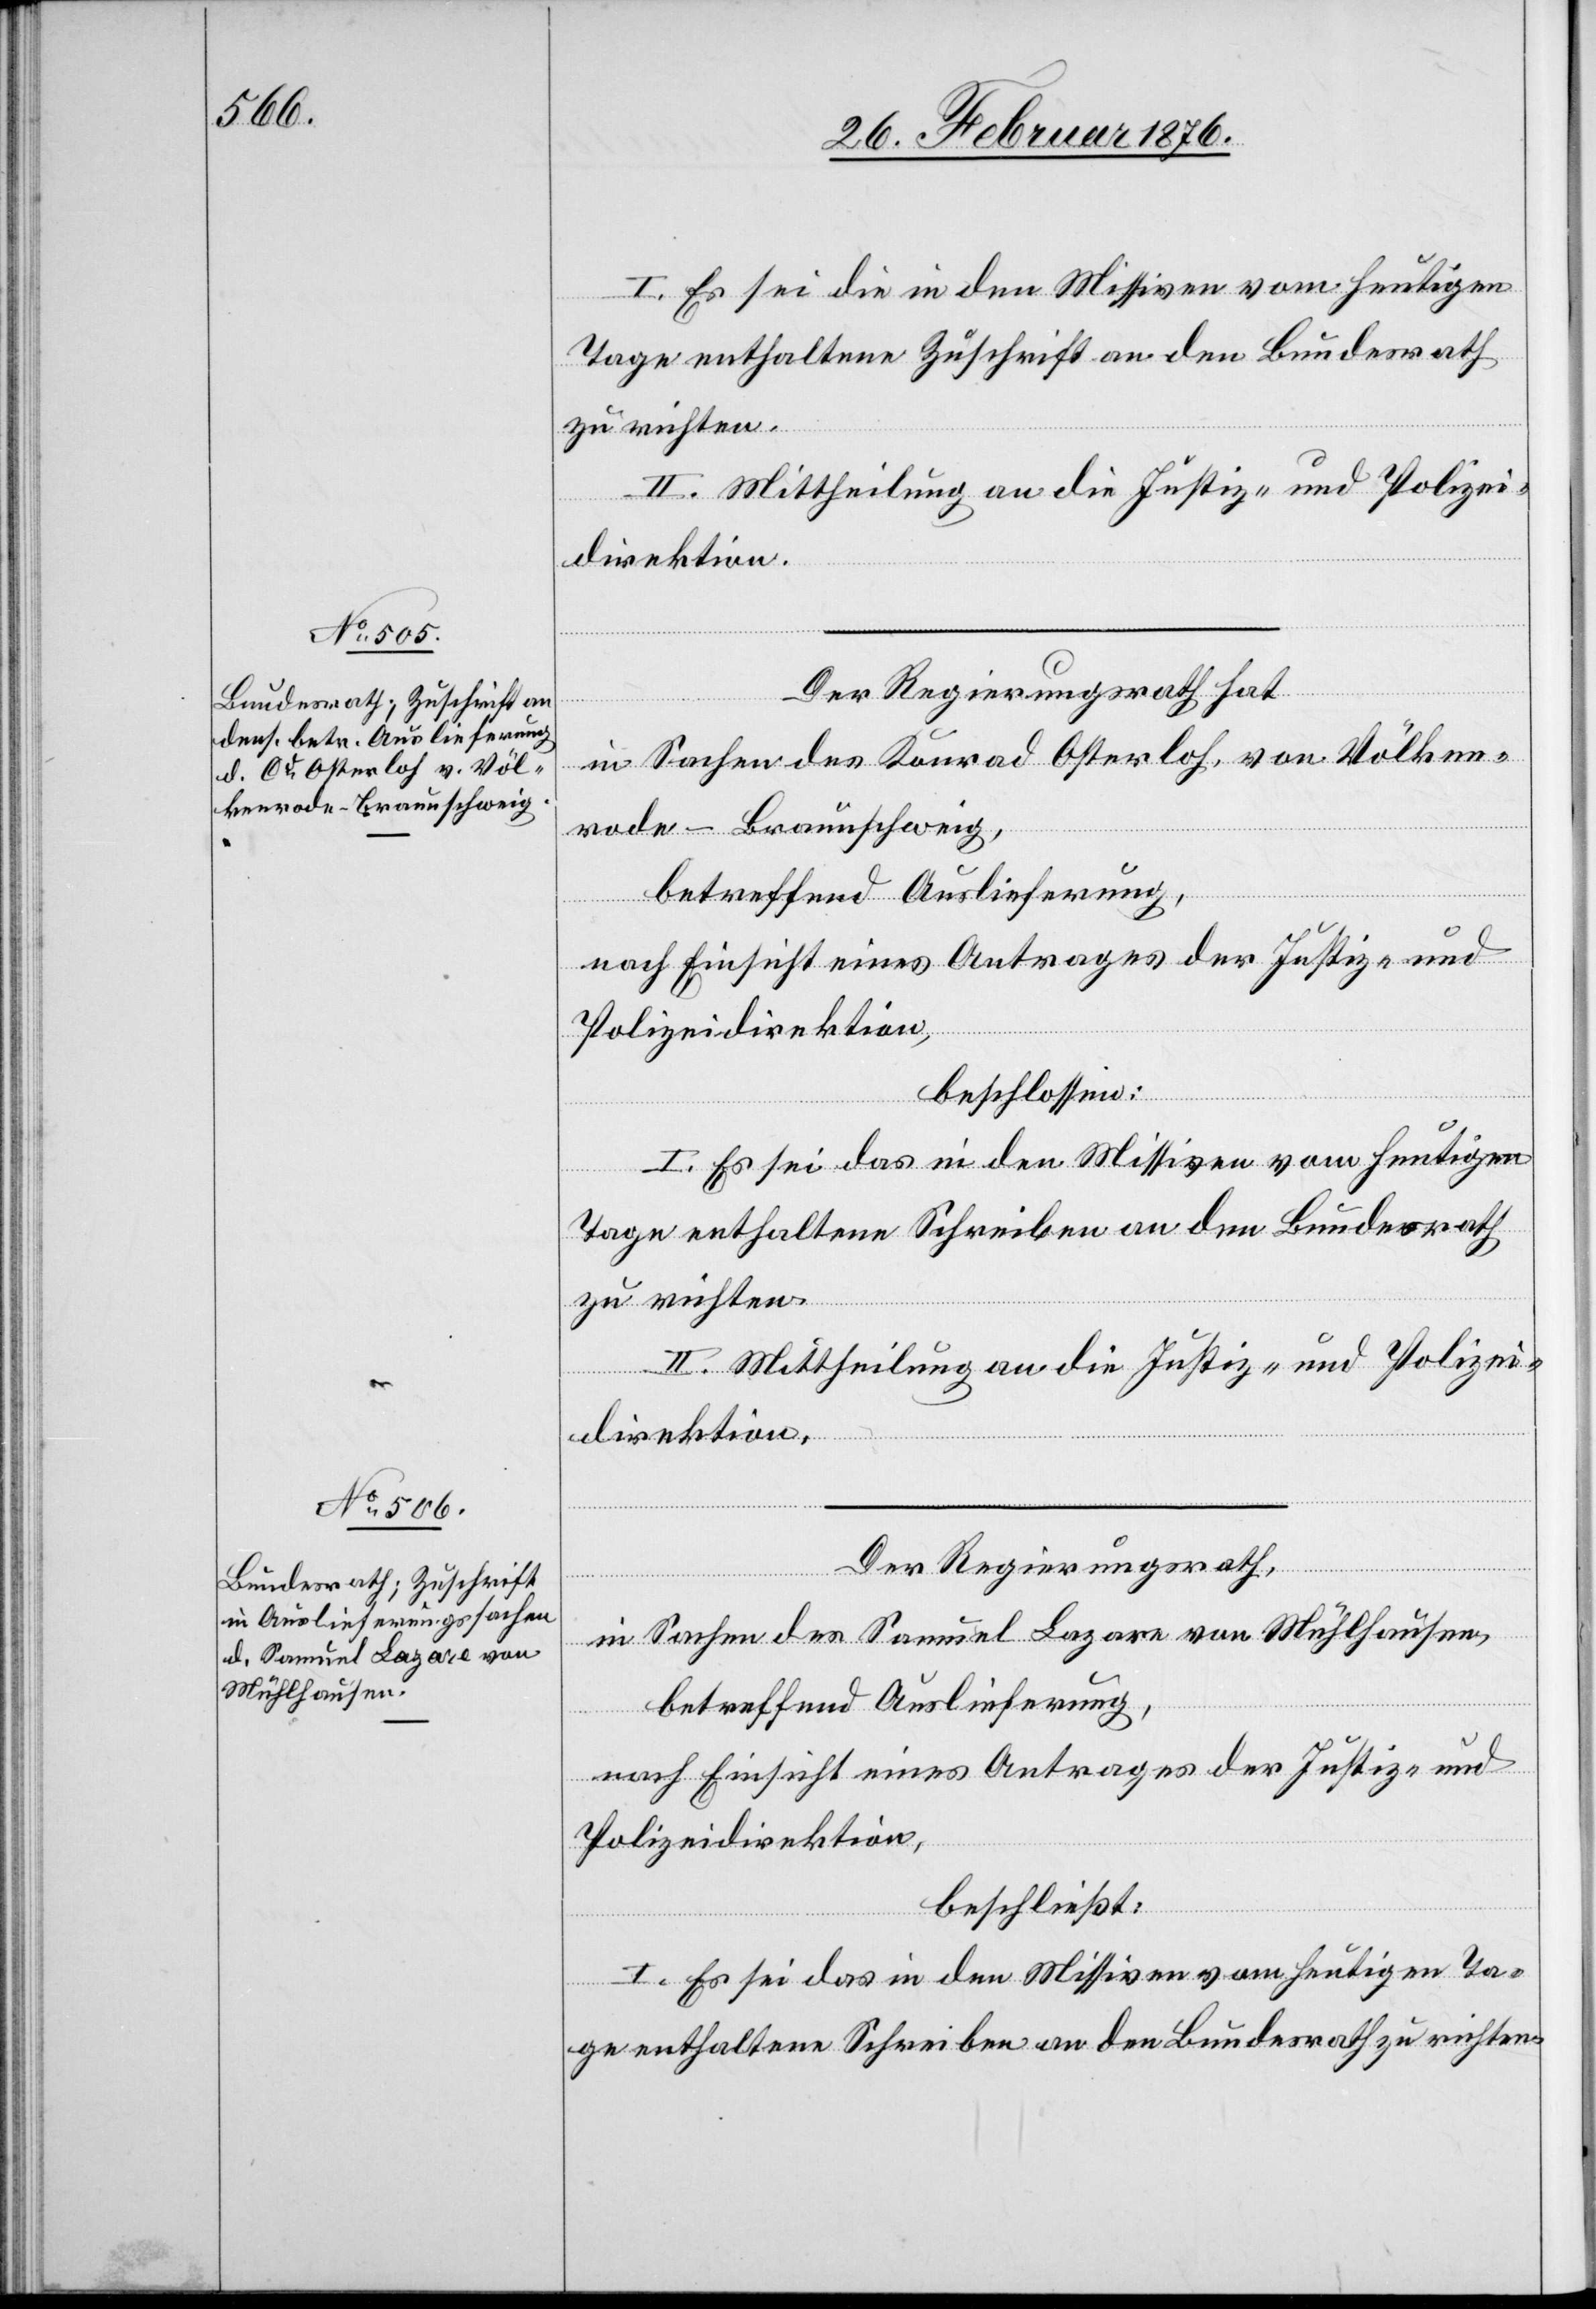
I. Es sei die in den Missiven vom heutigen
Tage enthaltene Zuschrift an den Bundesrath
zu richten.
II. Mittheilung an die Justiz- und Polizei¬
direktion.
Der Regierungsrath hat
in Sachen des Konrad Osterloh, von Völken¬
rode-Braunschweig,
betreffend Auslieferung,
nach Einsicht eines Antrages der Justiz- und
Polizeidirektion,
beschlossen:
I. Es sei das in den Missiven vom heutigen
Tage enthaltene Schreiben an den Bundesrath
zu richten.
II. Mittheilung an die Justiz- und Polizei¬
direktion.
Der Regierungsrath,
in Sachen des Samuel Lazare von Mühlhausen,
betreffend Auslieferung,
nach Einsicht eines Antrages der Justiz- und
Polizeidirektion,
beschließt:
I. Es sei das in den Missiven vom heutigen Ta¬
ge enthaltene Schreiben an den Bundesrath zu richten.